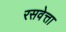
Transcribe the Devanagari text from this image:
रसवेत्ता